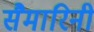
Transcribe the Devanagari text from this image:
सैमारिनी